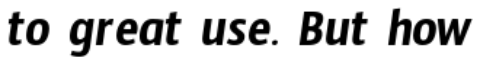
to great use. But how